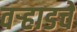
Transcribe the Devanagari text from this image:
वर्‍हाडचे